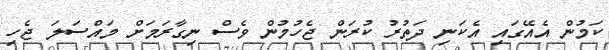
ކަމުން އެއޭގައި އެކަނި ދަތުރު ކުރަން ޖެހުމުން ވެސް ނިގާރަމަށް މައްސަލަ ޖެހި